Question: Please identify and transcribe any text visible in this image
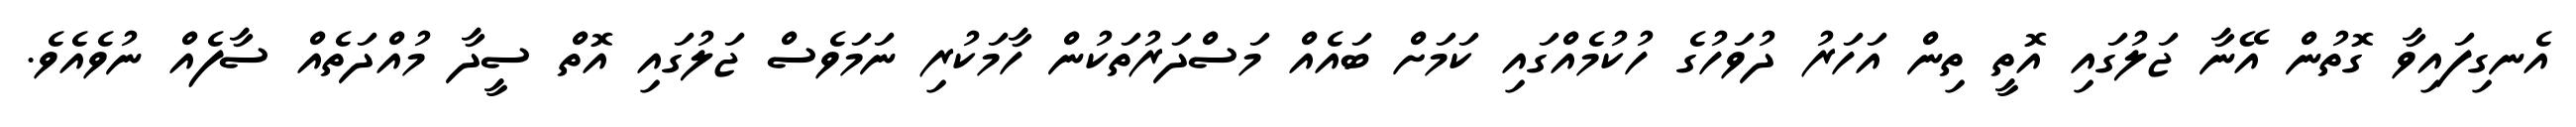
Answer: އެނގިފައިވާ ގޮތުން އޭނާ ޖަލުގައި އޮތީ ތިން އަހަރު ދުވަހުގެ ހުކުމެއްގައި ކަމަށް ބައެއް މަސްދަރުތަކުން ހާމަކުރި ނަމަވެސް ޖަލުގައި އޮތް ސީދާ މުއްދަތެއް ސާފެއް ނުވެއެވެ.